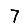
Digit: 7